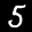
Label: 5